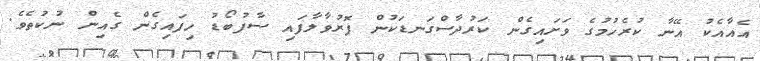
އެއާއެކު އޭނާ ކުރެހުމުގެ ވަށައިގެން ކަރުދާސްގަނޑަކުން ފޮރުވާލާފައި ސާފުބޯޑު ހިފައިގެން ގެއިން ނުކުތެވެ.